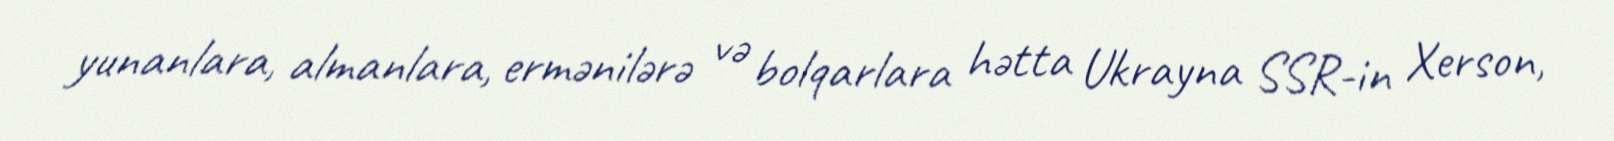
yunanlara, almanlara, ermənilərə və bolqarlara hətta Ukrayna SSR-in Xerson,